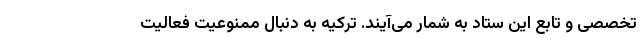
تخصصی و تابع این ستاد به شمار می‌آیند. ترکیه به دنبال ممنوعیت فعالیت